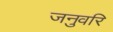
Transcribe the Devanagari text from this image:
जनुवरि